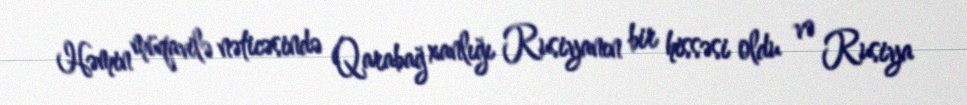
Həmin müqavilə nəticəsində Qarabağ xanlığı Rusiyanın bir hissəsi oldu və Rusiya